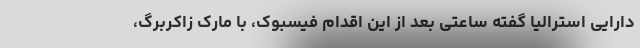
دارایی استرالیا گفته ساعتی بعد از این اقدام فیسبوک، با مارک زاکربرگ،